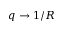
q \to 1 / R